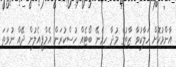
އާންމުކޮށް ހަލާކުވާ ޒާތުގެ މުދާ ހިމެނޭ ބޯޓެއް ހުސްކުރަން އެމްޕީއެލުން ދޭއް ނުވަތަ